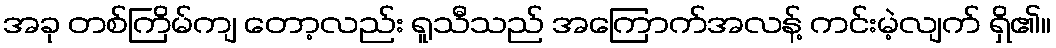
အခု တစ်ကြိမ်ကျ တော့လည်း ရူသီသည် အကြောက်အလန့် ကင်းမဲ့လျက် ရှိ၏။